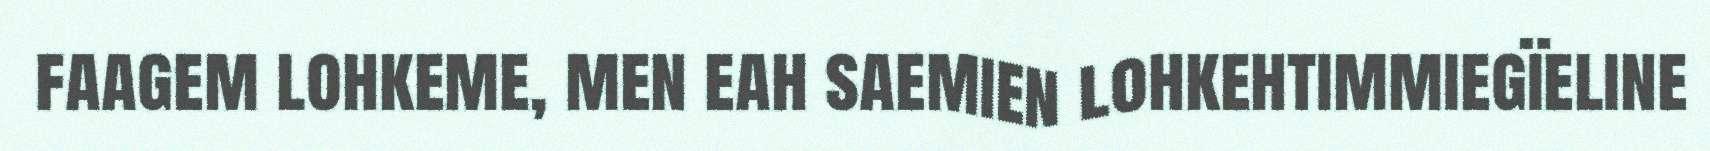
faagem lohkeme, men eah saemien lohkehtimmiegïeline